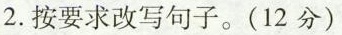
2.按要求改写句子。(12分)